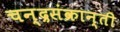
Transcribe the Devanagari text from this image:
चन्द्रसंक्रान्ती